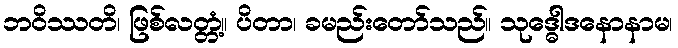
ဘဝိဿတိ၊ ဖြစ်လတ္တံ့။ ပိတာ၊ ခမည်းတော်သည်။ သုဒ္ဓေါဒနောနာမ၊